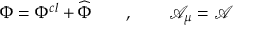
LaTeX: \Phi = \Phi ^ { c l } + \widehat { \Phi } \qquad , \qquad \mathcal { A } _ { \mu } = \mathcal { A }